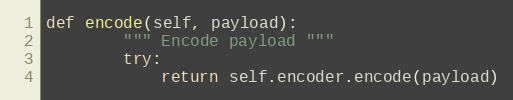
Language: Python
def encode(self, payload):
        """ Encode payload """
        try:
            return self.encoder.encode(payload)